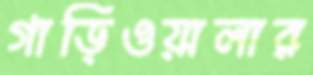
গাড়িওয়ালার